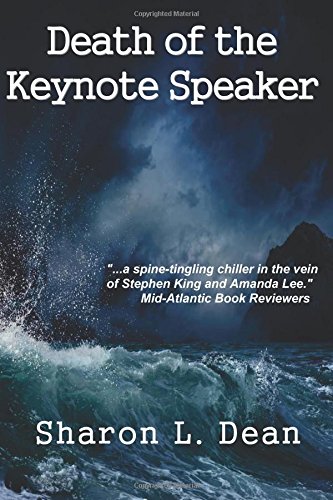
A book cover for Death of the Keynote Speaker; Sharon L Dean; Mystery, Thriller & Suspense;